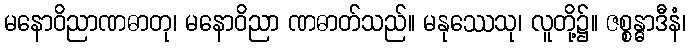
မနောဝိညာဏဓာတု၊ မနောဝိညာ ဏဓာတ်သည်။ မနုဿေသု၊ လူတို့၌။ ဇစ္စန္ဓာဒီနံ၊